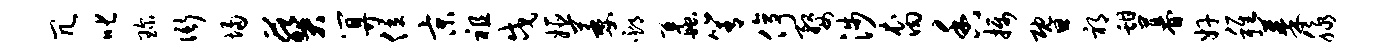
冗叱琛衙埽葵算位京祖戍姬萎邳蠡箐停婺涉裔香摄暨祁甜暮奸稚蓁脉